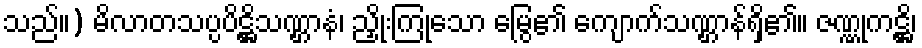
သည်။) မိလာတသပ္ပပိဋ္ဌိသဏ္ဌာနံ၊ ညှိုးကြုံသော မြွေ၏ ကျောက်သဏ္ဌာန်ရှိ၏။ ဇဏ္ဏုကဋ္ဌိ၊